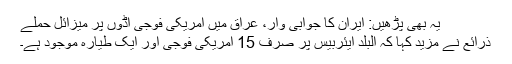
یہ بھی پڑھیں: ایران کا جوابی وار، عراق میں امریکی فوجی اڈوں پر میزائل حملے
ذرائع نے مزید کہا کہ البلد ایئربیس پر صرف 15 امریکی فوجی اور ایک طیارہ موجود ہے۔